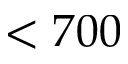
< 7 0 0